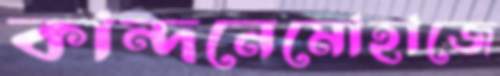
কান্দনেমোহাজে